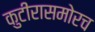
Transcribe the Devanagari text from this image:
कुटीरासमोरच